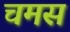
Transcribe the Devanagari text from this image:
चमस